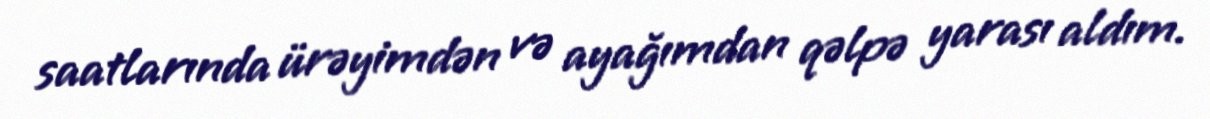
saatlarında ürəyimdən və ayağımdan qəlpə yarası aldım.